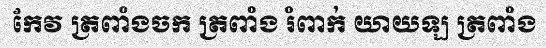
កែវ ត្រពាំងចក ត្រពាំង រំពាក់ យាយឡ ត្រពាំង